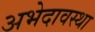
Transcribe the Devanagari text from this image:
अभेदावस्था